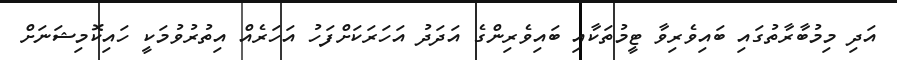
އަދި މިމުބާރާތުގައި ބައިވެރިވާ ޓީމުތަކާއި ބައިވެރިންގެ އަދަދު އަހަރަކަށްފަހު އަހަރެއް އިތުރުވުމަކީ ހައިކޮމިޝަނަށް